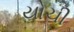
યોચી